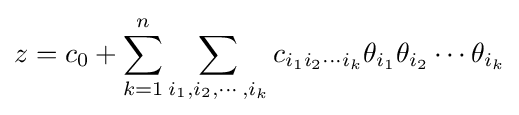
z=c_{0}+\sum _{k=1}^{n}\sum _{i_{1},i_{2},\cdots ,i_{k}}c_{i_{1}i_{2}\cdots i_{k}}\theta _{i_{1}}\theta _{i_{2}}\cdots \theta _{i_{k}}